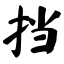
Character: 挡